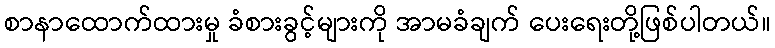
စာနာထောက်ထားမှု ခံစားခွင့်များကို အာမခံချက် ပေးရေးတို့ဖြစ်ပါတယ်။